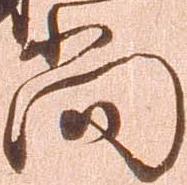
尚